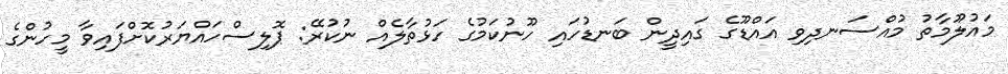
މައުލޫމާތު މުއްސަނދިވި އައްޑޫގެ ގައިދީން ބަނޑުހައި ހޫނުކަމުގެ ހަޅުތާލެއް ނުކުރޭ: ޕޮލިސްހައްޔަރުކޮށްފައިވާ މީހުންގެ